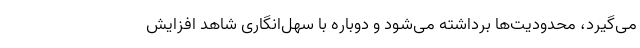
می‌گیرد، محدودیت‌ها برداشته می‌شود و دوباره با سهل‌انگاری شاهد افزایش